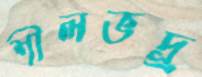
শীলভদ্র্র